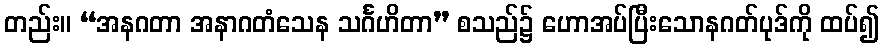
တည်း။ “အနဂတာ အနာဂတံသေန သင်္ဂဟိတာ” စသည်၌ ဟောအပ်ပြီးသောနဂတ်ပုဒ်ကို ထပ်၍